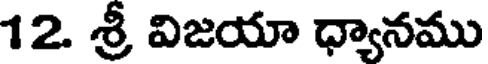
12. శ్రీ విజయా ధ్యానము